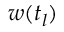
w ( t _ { l } )